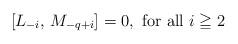
LaTeX: \begin{align*} [L_{-i}, \, M_{-q+i}] = 0, \hbox{ for all } i \geqq 2 \end{align*}